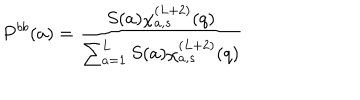
P ^ { b b } ( a ) = \frac { S ( a ) \chi _ { a , s } ^ { ( L + 2 ) } ( q ) } { \sum _ { a = 1 } ^ { L } S ( a ) \chi _ { a , s } ^ { ( L + 2 ) } ( q ) }